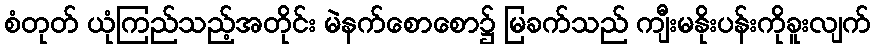
စံတုတ် ယုံကြည်သည့်အတိုင်း မဲနက်စောစော၌ မြခက်သည် ကျီးမနိုးပန်းကိုခူးလျက်